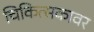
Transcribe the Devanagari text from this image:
चिकित्सकावर